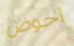
أخوض